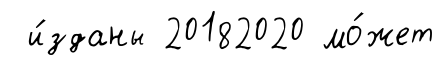
и́зданы 20182020 мо́жет